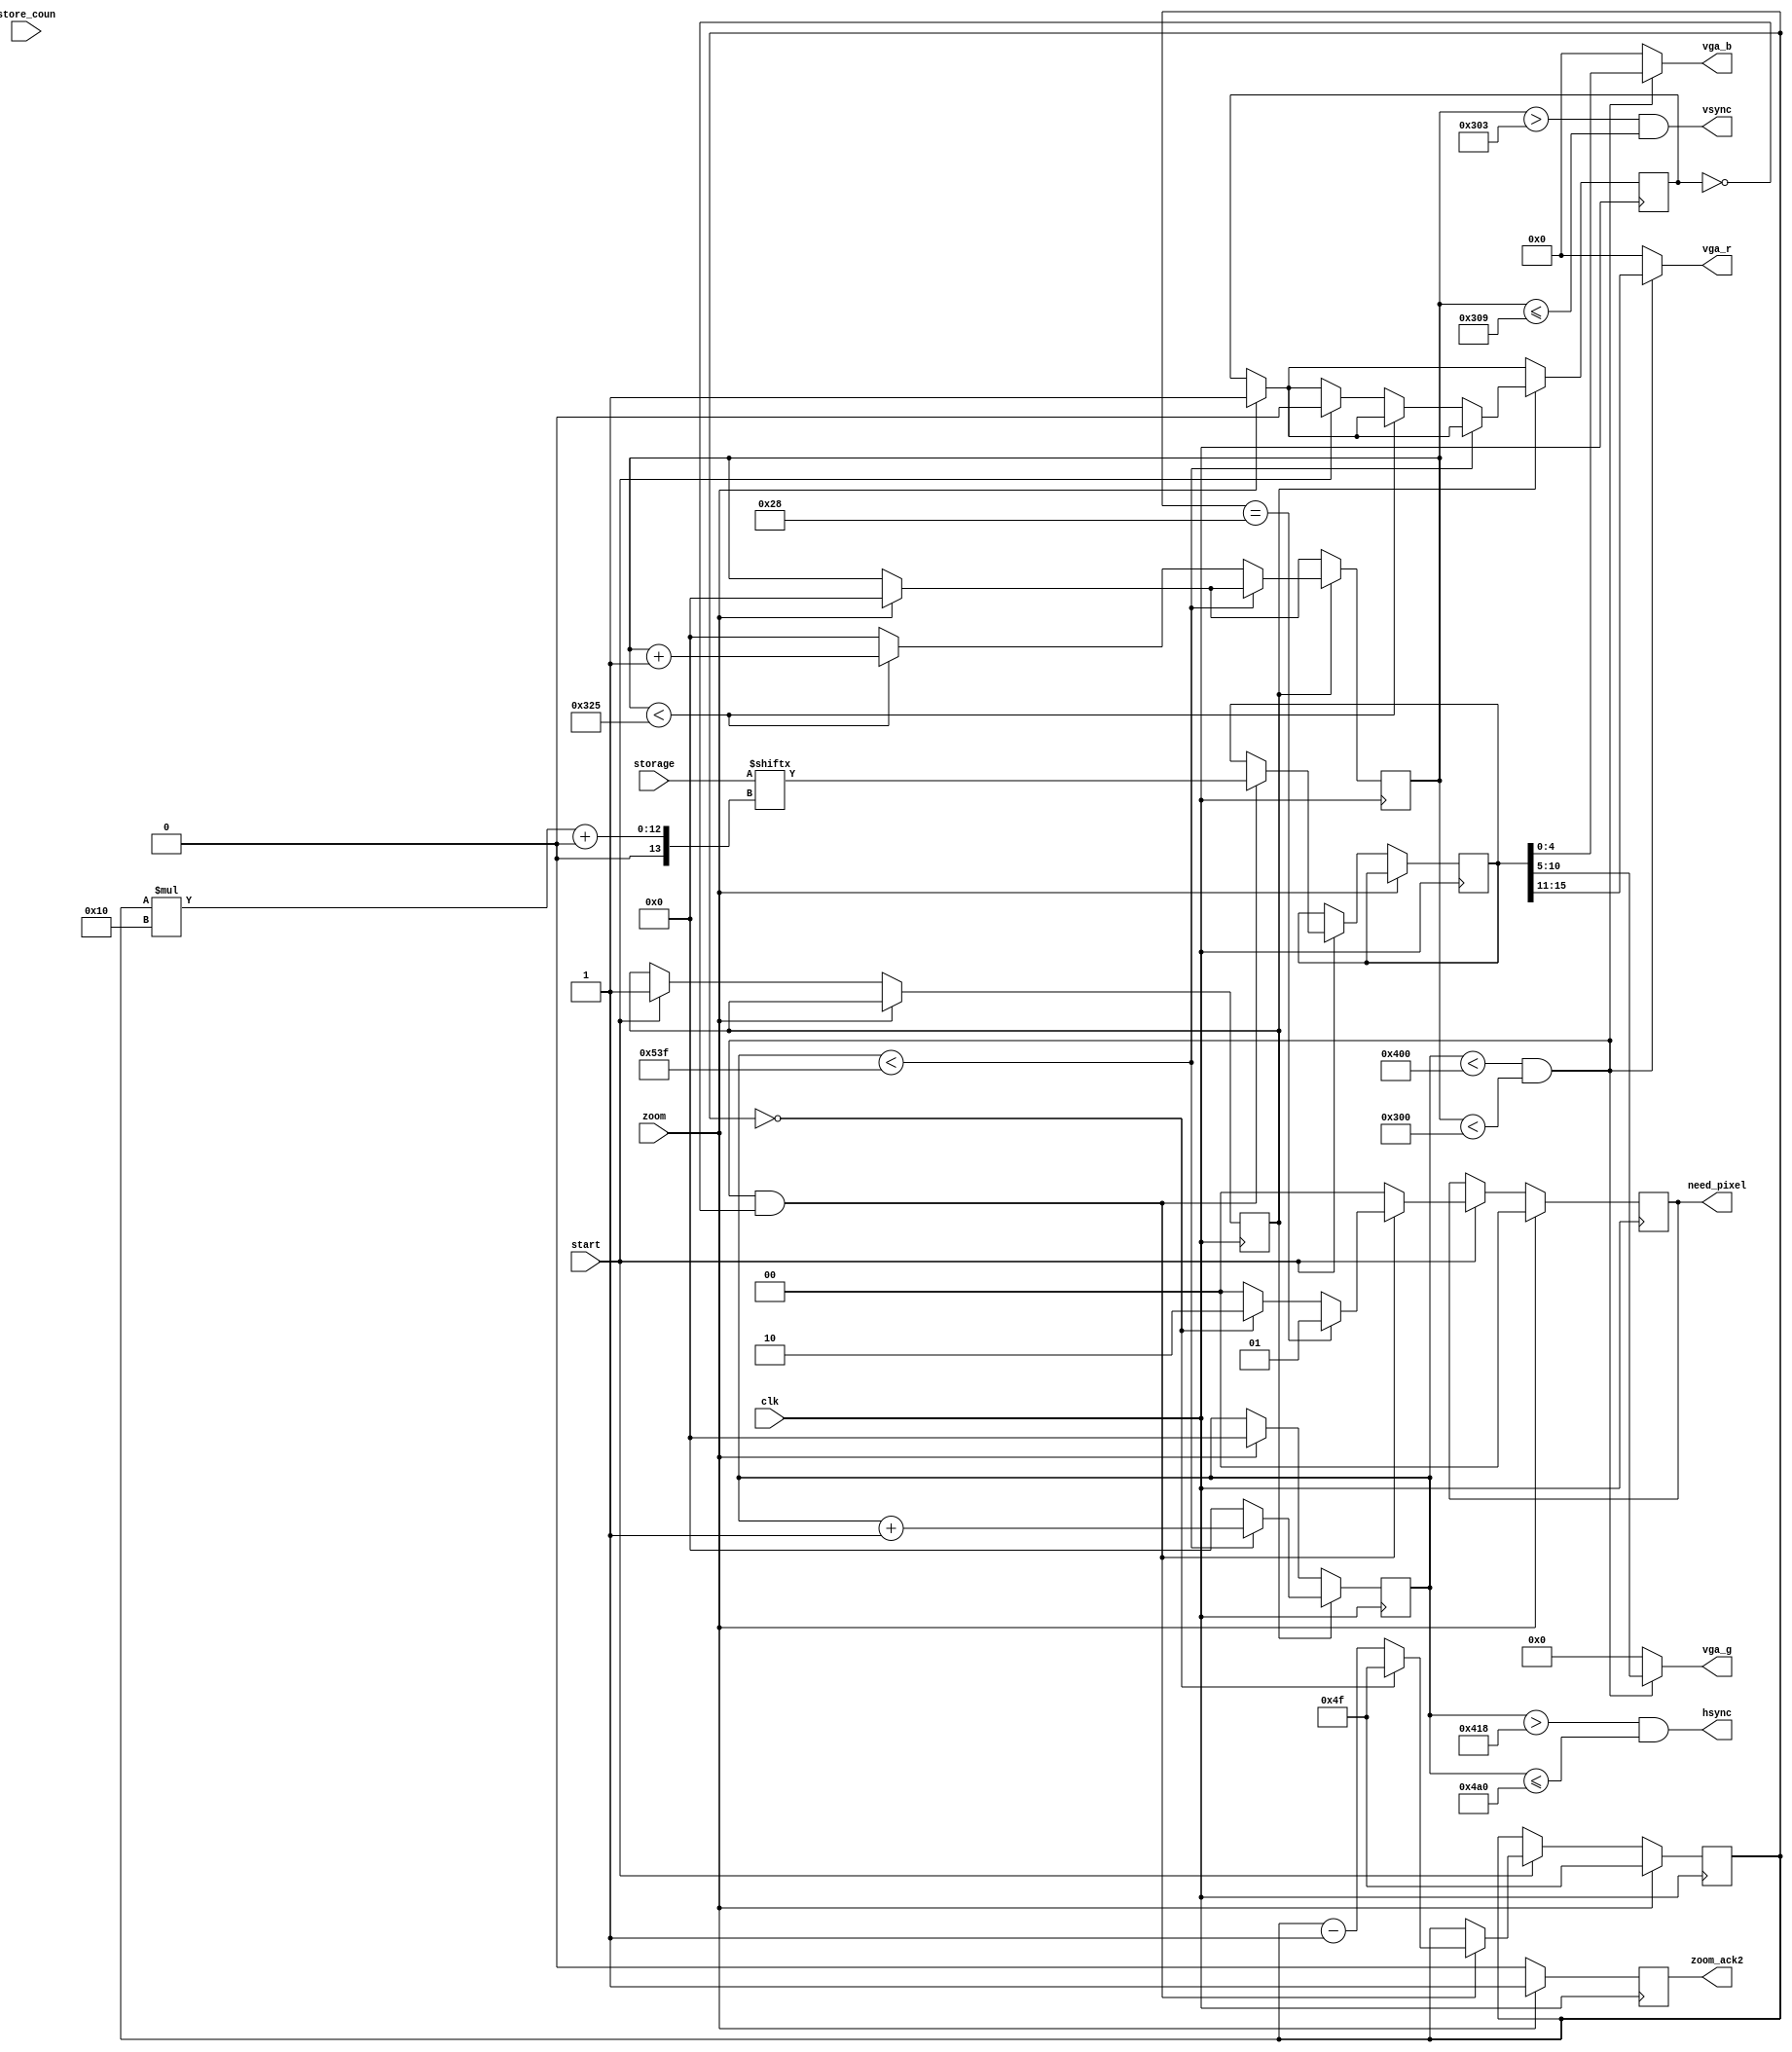
`timescale 1ns / 1ps
//////////////////////////////////////////////////////////////////////////////////
// Company: 
// Engineer: 
// 
// Design Name: 
// Module Name: vga
// Project Name: 
// Target Devices: 
// Tool Versions: 
// Description: 
// 
// Dependencies: 
// 
// Revision:
// Revision 0.01 - File Created
// Additional Comments:
// 
//////////////////////////////////////////////////////////////////////////////////


module vga(
    input clk,
    input start,
    input zoom,
    output reg zoom_ack2,
    output[1:0] need_pixel,
    output [4:0] vga_r,
    output [5:0] vga_g,
    output [4:0] vga_b,
    output wire vsync,//vga vsync output
    output wire hsync,///vga hsync output
    input [1279:0] storage,
    input [10:0] store_coun
   
 );
 
 
 reg[1:0] need_pixel_reg=0;
   
 reg[10:0] vertc=0;
 reg[10:0] horc=0;
 reg start2_flag=0;
 reg[15:0] pixel=16'b0;
 reg[6:0] rd_pixel_index=79;
 reg prev_zoom=0;
 always @(posedge clk) begin
 if(zoom)
 begin
 prev_zoom<=1;
  zoom_ack2<=1;
 rd_pixel_index<=79;
  need_pixel_reg<=0;
 horc<=0;
 vertc<=0;
 end
 else begin zoom_ack2<=0;
 
 if(start)begin
start2_flag<=1;
need_pixel_reg<=0;

 if(horc<1024 && vertc<768 && prev_zoom==0)begin
        pixel<=storage[(rd_pixel_index*16)+:16];
        rd_pixel_index<=rd_pixel_index-1;
        
        if(rd_pixel_index==0)//marjvena 5 data fragmenti damtavrda
           begin
                
                need_pixel_reg<=2;
                rd_pixel_index<=79;
            end
       
          if(rd_pixel_index==40)//marcxena 5 data fragmenti dasrulda
           begin
                
                need_pixel_reg<=1;
             end
         end
         end
 	
	end
	
   if(start2_flag)begin
 
       
      //clock counter for vertical and horizontal sync
		if (horc<1343) begin
			 horc<=horc+1;
		 
			end
		else begin
		     
			  horc<=0;		  
			  if(vertc<805) begin
					vertc<=vertc+1;
				  end
			  else begin
					vertc<=0;
					if(start)prev_zoom<=0;
				    end   	
			 end
		
  
	end
end 
 
assign vsync = vertc> (768+3) && vertc <= (768+3+6);

assign hsync = horc > (1024 + 24) && horc <= (1024 + 24+ 136);


assign vga_b=(horc<1024 && vertc<768)?pixel[4:0]:5'b00000;
assign vga_g=(horc<1024 && vertc<768)?pixel[10:5]:6'b000000;
assign vga_r=(horc<1024 && vertc<768)?pixel[15:11]:5'b00000;
assign need_pixel= need_pixel_reg;

endmodule